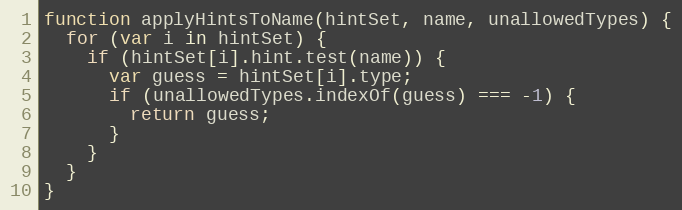
Language: JavaScript
function applyHintsToName(hintSet, name, unallowedTypes) {
  for (var i in hintSet) {
    if (hintSet[i].hint.test(name)) {
      var guess = hintSet[i].type;
      if (unallowedTypes.indexOf(guess) === -1) {
        return guess;
      }
    }
  }
}